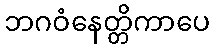
ဘဂဝံနေတ္တိကာပေ